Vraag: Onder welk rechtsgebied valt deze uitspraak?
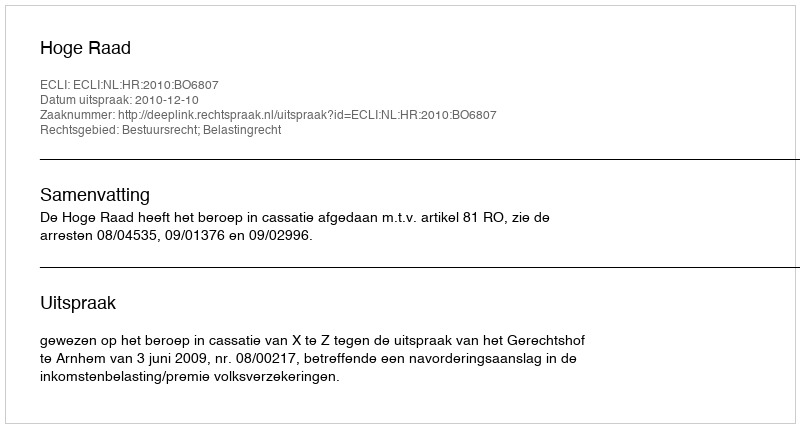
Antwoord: Bestuursrecht; Belastingrecht